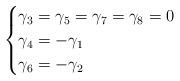
LaTeX: \begin{align*} \begin{cases}\gamma_3=\gamma_5=\gamma_7=\gamma_8=0 \\\gamma_4=-\gamma_1 \\\gamma_6=-\gamma_2\end{cases}\end{align*}